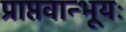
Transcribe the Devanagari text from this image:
प्राप्तवान्भूयः